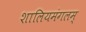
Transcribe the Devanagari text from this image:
शालियमंगलम्‌